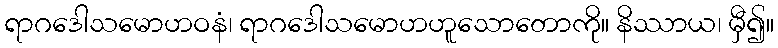
ရာဂဒေါသမောဟဝနံ၊ ရာဂဒေါသမောဟဟူသောတောကို။ နိဿာယ၊ မှီ၍။